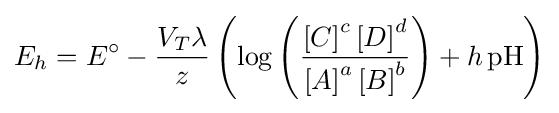
E_{h}={E^{\circ }}-{\frac {V_{T}\lambda }{z}}\left(\log \left({\frac {\left[C\right]^{c}\left[D\right]^{d}}{\left[A\right]^{a}\left[B\right]^{b}}}\right)+h\,{\mathrm {pH} }\right)